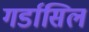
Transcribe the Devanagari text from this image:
गर्डासिल